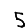
Digit: 5